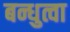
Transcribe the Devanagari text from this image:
बन्धुत्वा